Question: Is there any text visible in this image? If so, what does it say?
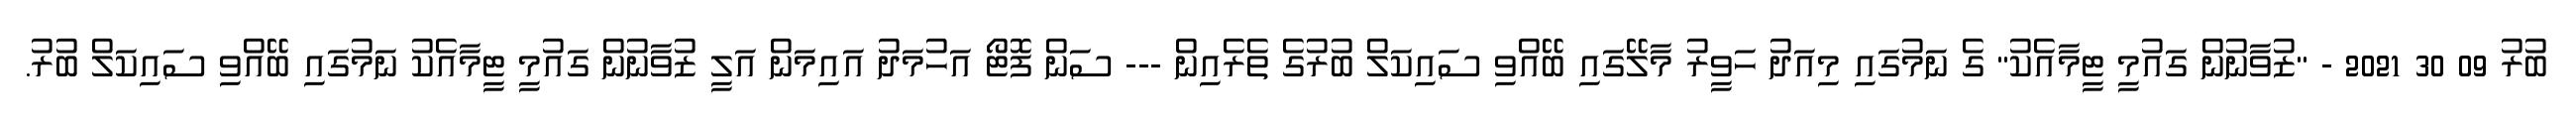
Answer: ބުރު 09 30 2021 - "ޒުވާނުން ގައުމީ ޓީމާއެކު" ގެ ނަމުގައި މިއަދު ހަވީރު މާލޭގައި ބޭއްވި ސައިކަލް ބުރުގެ ތެރެއިން --- ސަން ފޮޓޯ އަހުމަދު އައިމަން އަލީ ޒުވާނުން ގައުމީ ޓީމާއެކު ނަމުގައި ބޭއްވި ސައިކަލް ބުރު.